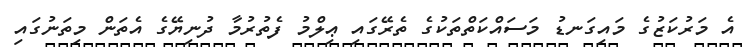
އެ މަރުކަޒުގެ މައިގަނޑު މަސައްކަތްތަކުގެ ތެރޭގައި ޢިލްމު ފެތުރުމާ ދުނިޔޭގެ އެތަން މިތަނުގައި